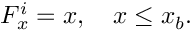
\begin{array} { r } { F _ { x } ^ { i } = x , ~ ~ ~ x \leq x _ { b } . } \end{array}